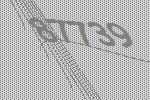
87739